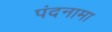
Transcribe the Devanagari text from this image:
पंदनामा